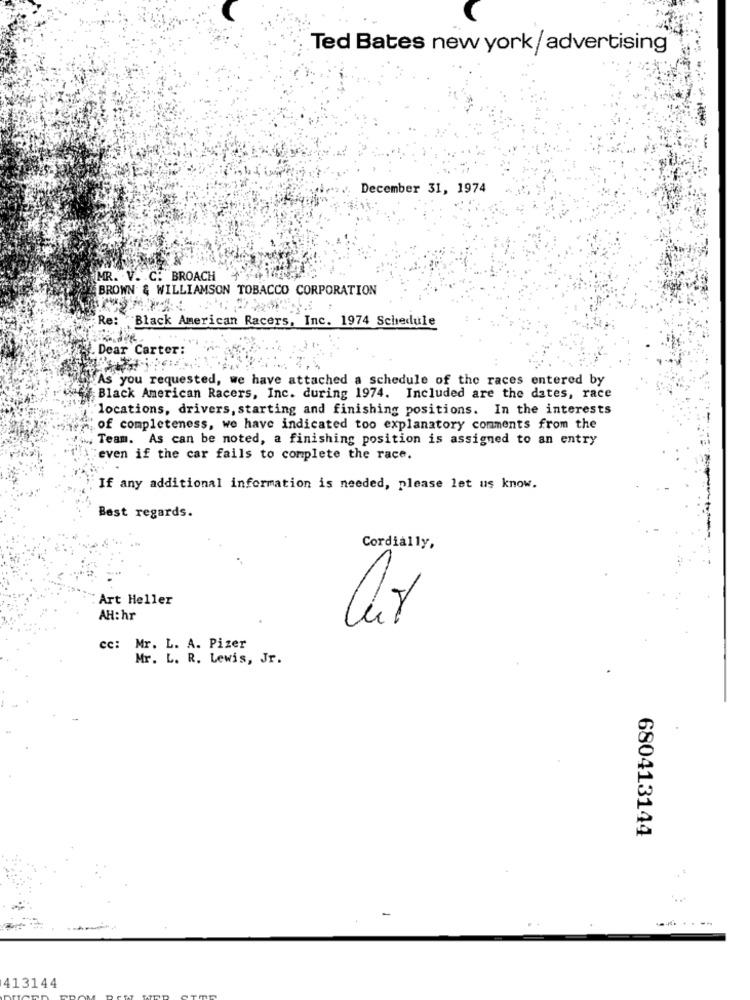
Ted Bates new york/ advertising
December 31, 1974
MR. V. C. BROACH
BROWN & WILLIAMSON TOBACCO CORPORATION
Re
Black American Racers, Inc. 1974 Schedule
Dear Carter:
As you requested, we have attached a schedule of the races entered by
Black American Racers, Inc. during 1974. Included are the dates, race
locations, drivers, starting and finishing positions. In the interests
of completeness, we have indicated too explanatory comments from the
Team. As can be noted, a finishing position is assigned to an entry
even if the car fails to complete the race.
If any additional information is needed, please let us know.
Best regards.
Cordially,
Art Heller
AH:hr
cc: Mr. L. A. Pizer
Mr. L. R. Lewis, Jr.
680413144
------
413144